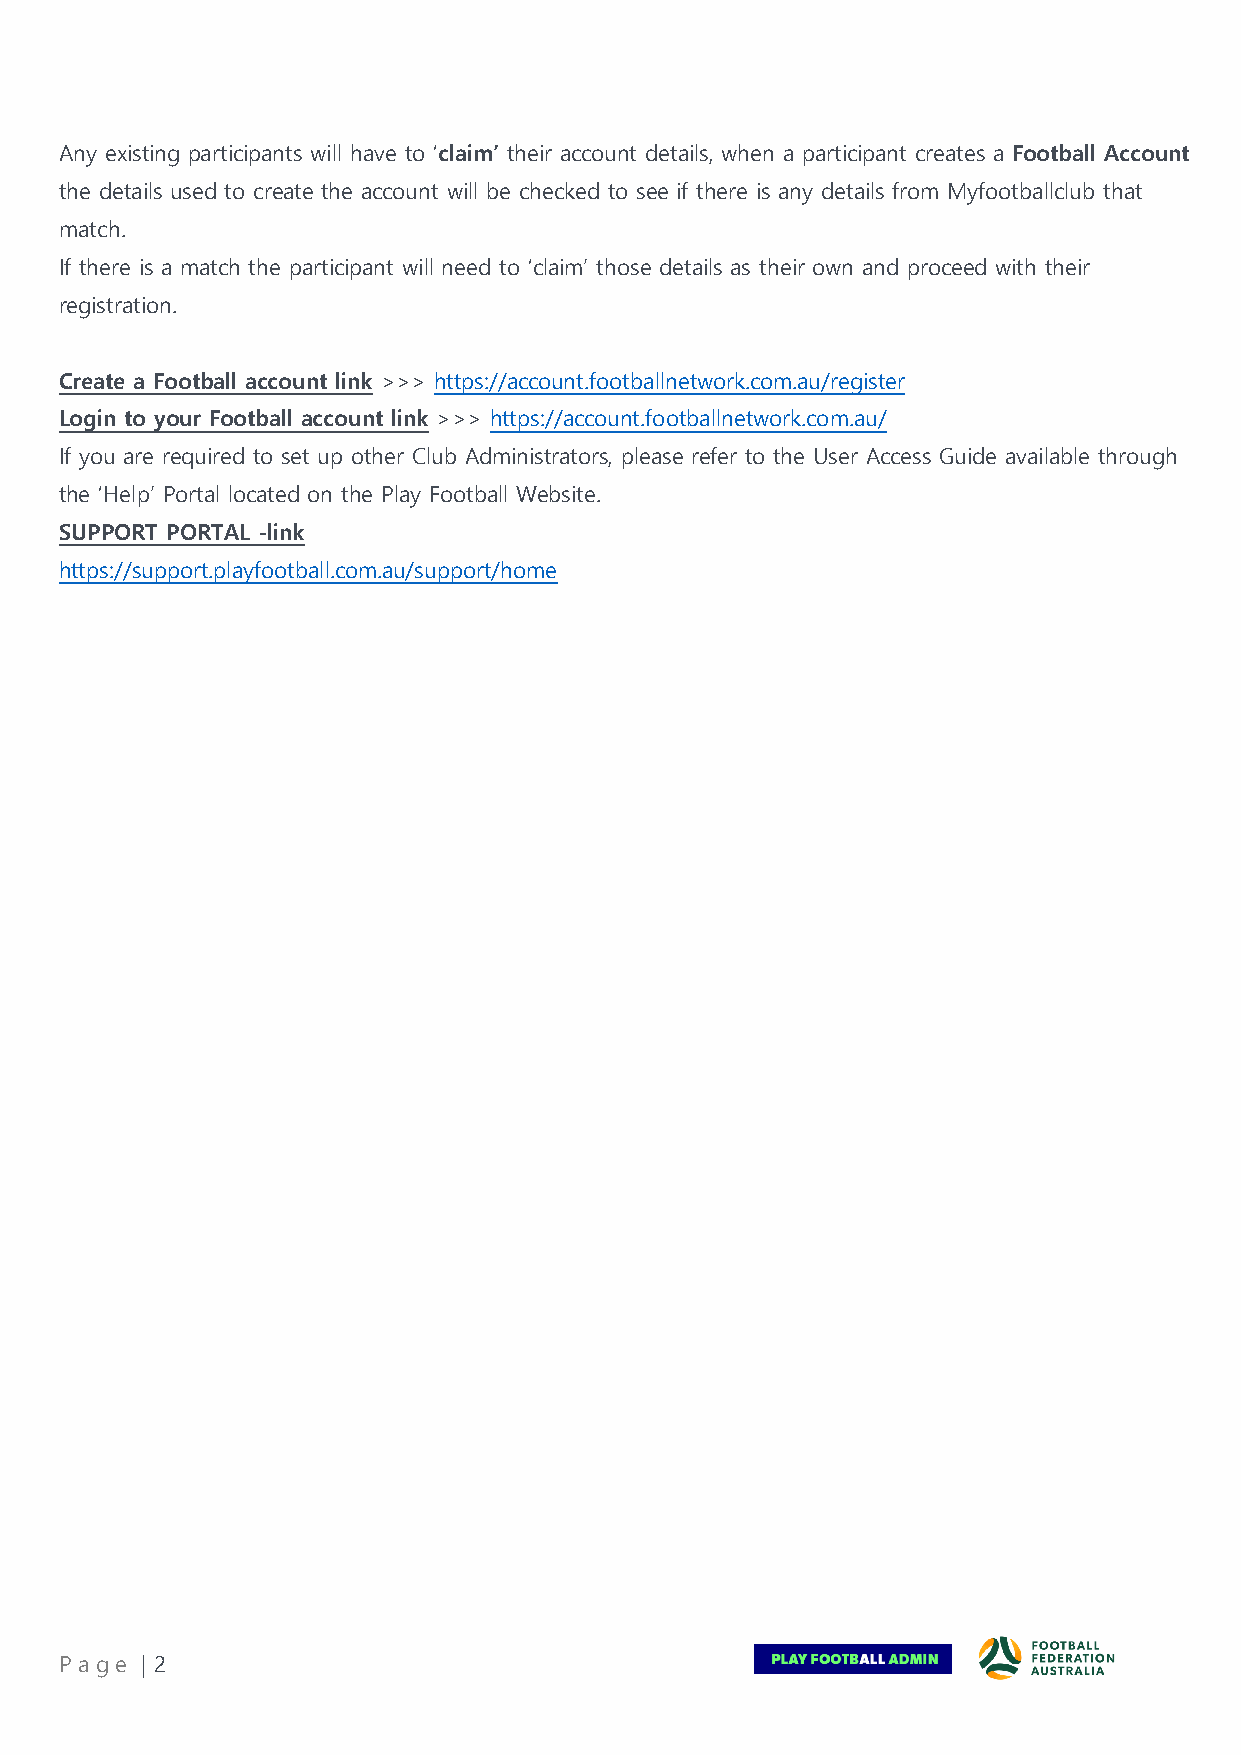
Any existing participants will have to ‘claim’ their account details, when a participant creates a Football Account
 the details used to create the account will be checked to see if there is any details from Myfootballclub that
 match.
 If there is a match the participant will need to ‘claim’ those details as their own and proceed with their
 registration.
 Create a Football account link >>> https://account.footballnetwork.com.au/register
 Login to your Football account link >>> https://account.footballnetwork.com.au/
 If you are required to set up other Club Administrators, please refer to the User Access Guide available through
 the ‘Help’ Portal located on the Play Football Website.
 SUPPORT PORTAL -link
 https://support.playfootball.com.au/support/home
 Pa ge | 2